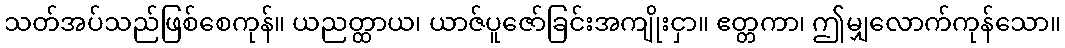
သတ်အပ်သည်ဖြစ်စေကုန်။ ယညတ္ထာယ၊ ယာဇ်ပူဇော်ခြင်းအကျိုးငှာ။ ဧတ္တကာ၊ ဤမျှလောက်ကုန်သော။